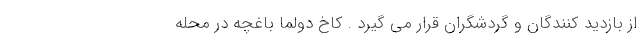
از بازدید کنندگان و گردشگران قرار می گیرد . کاخ دولما باغچه در محله